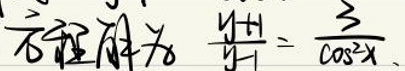
$\frac { y + 1 } { y - 1 } = \frac { 3 } { \cos ^ { 2 } x }$